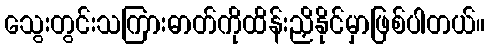
သွေးတွင်းသကြားဓာတ်ကိုထိန်းညှိနိုင်မှာဖြစ်ပါတယ်။